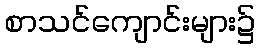
စာသင်ကျောင်းများ၌